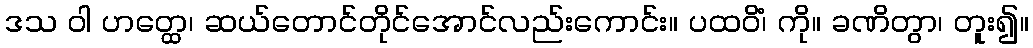
ဒသ ဝါ ဟတ္ထေ၊ ဆယ်တောင်တိုင်အောင်လည်းကောင်း။ ပထဝိံ၊ ကို။ ခဏိတွာ၊ တူး၍။